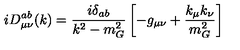
i D _ { \mu \nu } ^ { a b } ( k ) = \frac { i \delta _ { a b } } { k ^ { 2 } - m _ { G } ^ { 2 } } \left[ - g _ { \mu \nu } + \frac { k _ { \mu } k _ { \nu } } { m _ { G } ^ { 2 } } \right]